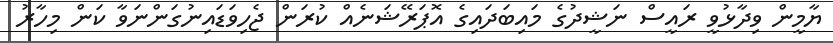
ޔާމީން ވިދާޅުވީ ރައީސް ނަޝީދުގެ މައިބަދައިގެ އޮޕަރޭޝަނެއް ކުރަން ޖެހިވަޑައިނުގަންނަވާ ކަން މިހާރު